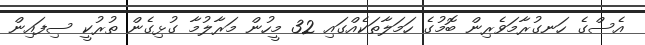
އެސްގެ ހަނގުރާމަވެރިން ބޮމުގެ ހަމަލާތަކެއްގައި 32 މީހުން މަރާލުމާ ގުޅިގެން ތުރުކީ ސިފައިން